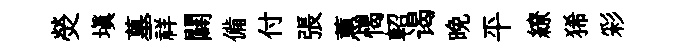
熒塡墓祥闢備付張蕙愒軺谒晚平繚狶彩